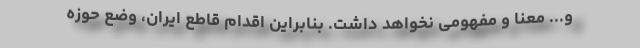
و... معنا و مفهومی نخواهد داشت. بنابراین اقدام قاطع ایران، وضع حوزه